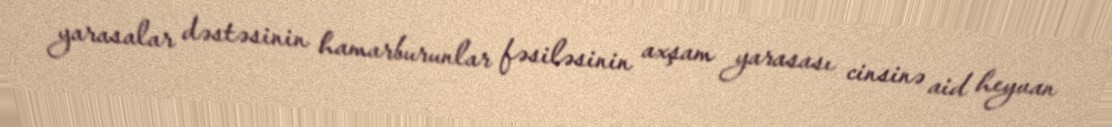
yarasalar dəstəsinin hamarburunlar fəsiləsinin axşam yarasası cinsinə aid heyvan